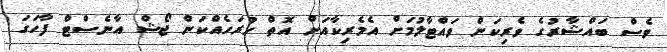
ވެސް ބައްޝާރުގެ ވެރިކަން ވައްޓާލުމަށް އެމެރިކާއަށް އޮތް ހުރަހެއްކަން ޖޯޝް އާނެސްޓް ފާހަގަ